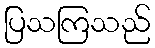
ပြသကြသည်